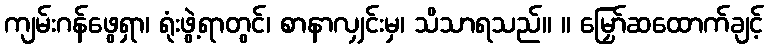
ကျမ်းဂန်ဖွေရှာ၊ ရုံးဖွဲ့ရာတွင်၊ စာနာလျှင်းမှ၊ သိသာရသည်။ ။ မြှော်ဆထောက်ချင့်